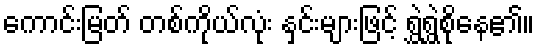
ကောင်းမြတ် တစ်ကိုယ်လုံး နှင်းများဖြင့် ရွှဲရွှဲစိုနေ၏။